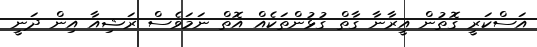
އަސްކަރީ ގޮތުން އީރާނާ ގާތް ގުޅުންތަކެއް އޮތް ނަމަވެސް ރަޝިއާ އިން ދަނީ